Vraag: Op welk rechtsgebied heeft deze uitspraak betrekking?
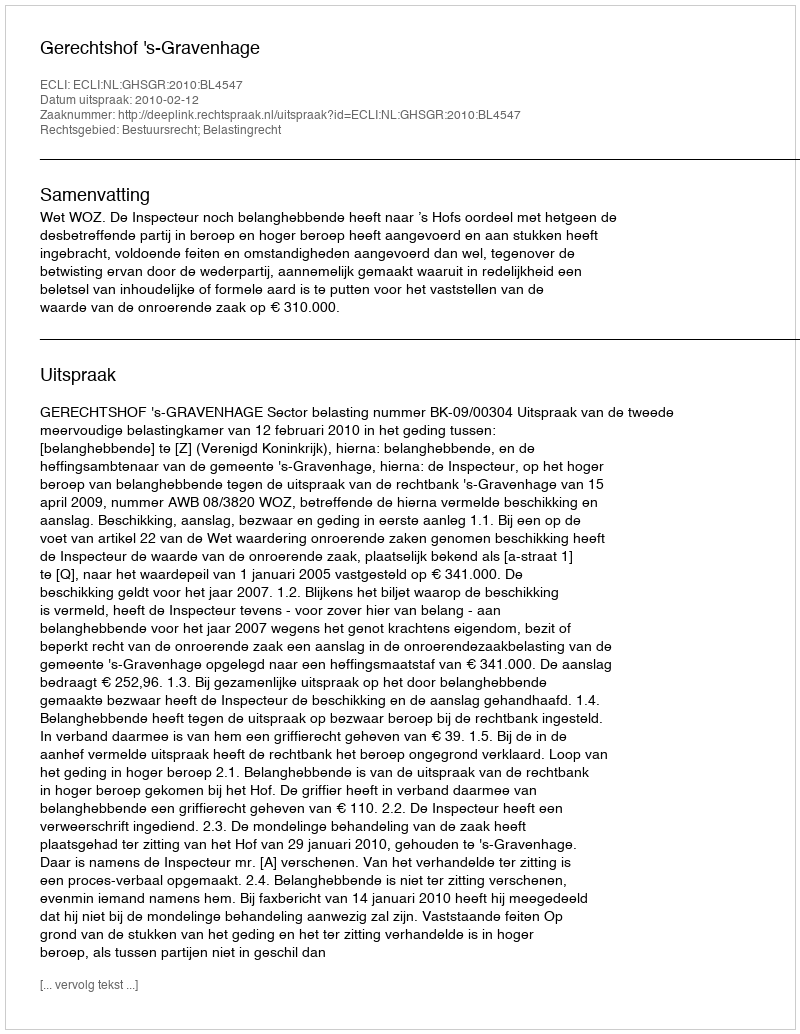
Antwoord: Bestuursrecht; Belastingrecht